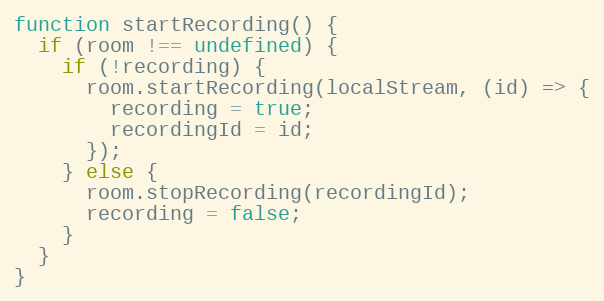
Language: JavaScript
function startRecording() {
  if (room !== undefined) {
    if (!recording) {
      room.startRecording(localStream, (id) => {
        recording = true;
        recordingId = id;
      });
    } else {
      room.stopRecording(recordingId);
      recording = false;
    }
  }
}